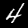
Digit: 4